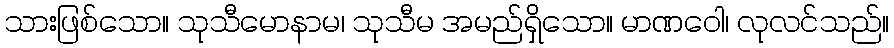
သားဖြစ်သော။ သုသီမောနာမ၊ သုသီမ အမည်ရှိသော။ မာဏဝေါ၊ လုလင်သည်။